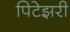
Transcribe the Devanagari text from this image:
पिटेझरी